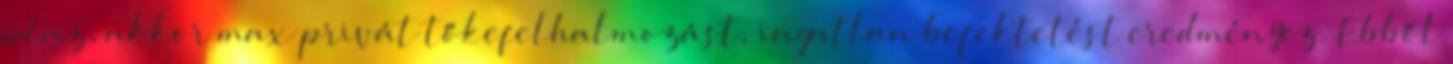
pénz, akkor max privát tőkefelhalmozást, ingatlan befektetést eredményez. Ebből